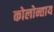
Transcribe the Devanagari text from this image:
कोलोन्ताय